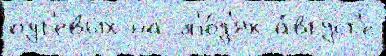
пут'евых на л'ю́д'ях а́вгуст'е